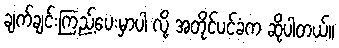
ချက်ချင်းကြည့်ပေးမှာပါ လို့ အတိုင်ပင်ခံက ဆိုပါတယ်။